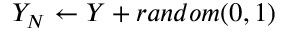
Y _ { N } \gets Y + r a n d o m ( 0 , 1 )